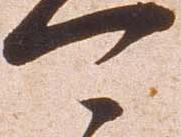
可